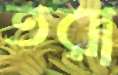
তরা